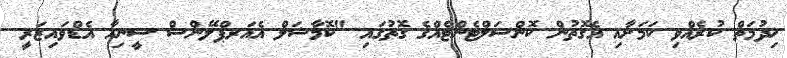
ޚިދުމަތް ކުރެއްވި ކަމަށާއި އެގޮތުން ކޮންސަލްޓެންޓެއްގެ ގޮތުގައި "ކޮމާޝަލް އެއަރޕްލޭންސް ސީނިއާ އެޑްވައިޒަރީ